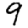
Digit: 9